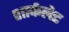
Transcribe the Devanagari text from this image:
शार्कलेट